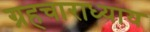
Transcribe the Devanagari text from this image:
ग्रहचाराध्याय